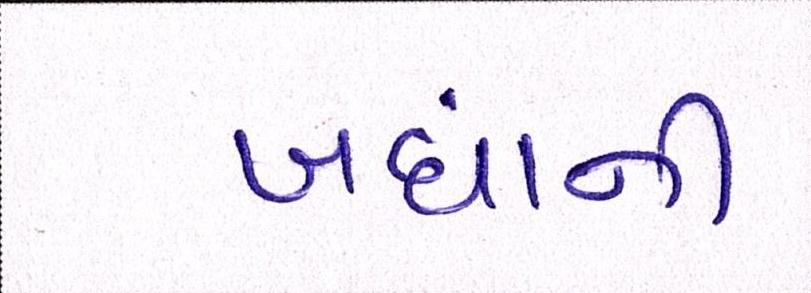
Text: બધાંની